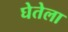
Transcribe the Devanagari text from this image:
घेतेला